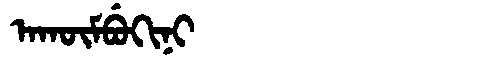
Manchu: ᠠᡴᡡᠮᠪᡠᡴᡳᠨᡳ
Romanization: AKŪMBUKINI